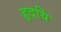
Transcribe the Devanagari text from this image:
हृदयिं